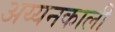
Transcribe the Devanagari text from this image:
अय्यनकाली